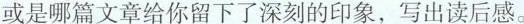
或是哪篇文章给你留下了深刻的印象，写出读后感。